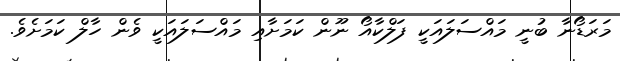
މަރަޑޯނާ ބުނީ މައްސަލައަކީ ފަލްކާއޯ ނޫން ކަމަށާއި މައްސަލައަކީ ވެން ހާލް ކަމަށެވެ.